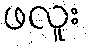
ဖလူး